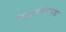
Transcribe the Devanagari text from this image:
जाइजेन्टियस